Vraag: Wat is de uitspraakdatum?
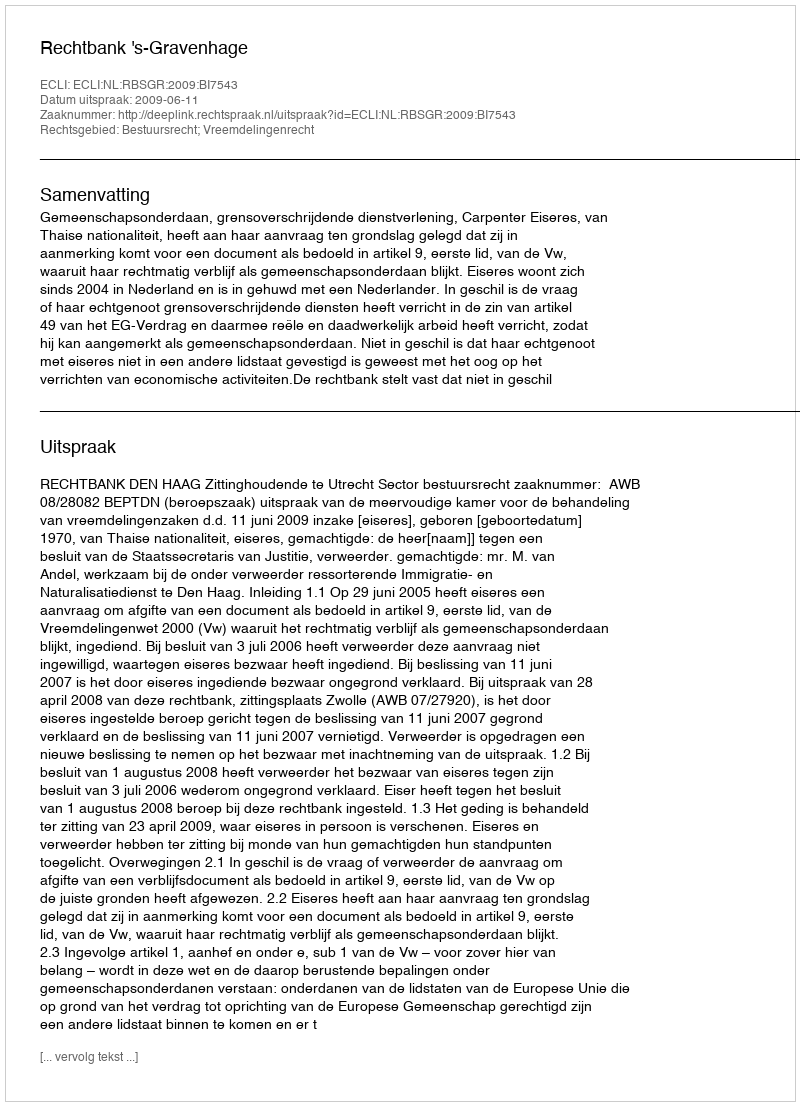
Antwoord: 2009-06-11